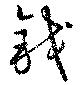
鍋